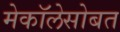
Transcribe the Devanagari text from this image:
मेकॉलेसोबत